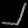
Digit: ၂